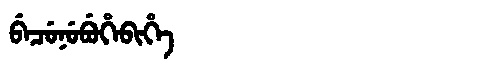
Manchu: ᠪᡝᠴᡠᠨᡠᠪᡠᡥᡝᠪᡳᡥᡝ
Romanization: BECUNUBUHEBIHE